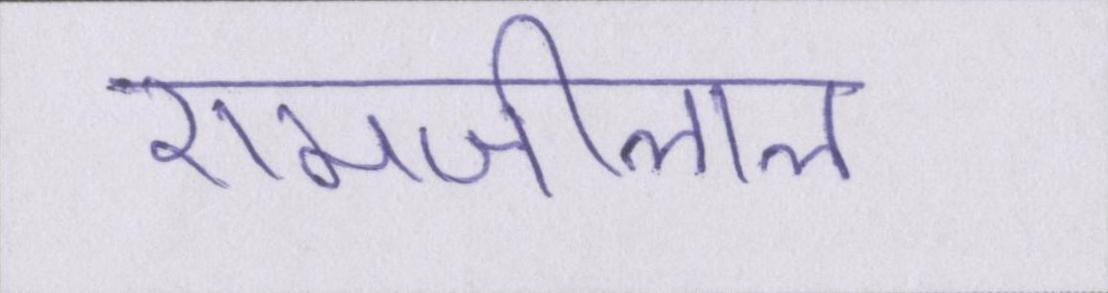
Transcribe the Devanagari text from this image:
रामजीलाल